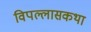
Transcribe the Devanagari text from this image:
विपल्लासकथा